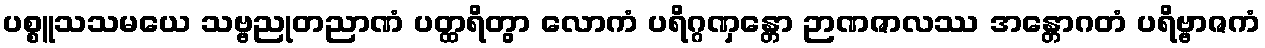
ပစ္စူသသမယေ သဗ္ဗညုတညာဏံ ပတ္ထရိတွာ လောကံ ပရိဂ္ဂဏှန္တော ဉာဏဇာလဿ အန္တောဂတံ ပရိဗ္ဗာဇကံ